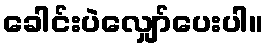
ခေါင်းပဲလျှော်ပေးပါ။